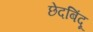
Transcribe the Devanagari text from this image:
छेदबिंदू